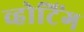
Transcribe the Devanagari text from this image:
व्होटिंग